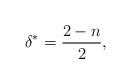
LaTeX: \begin{align*}\delta^\ast=\frac{2-n}{2},\end{align*}